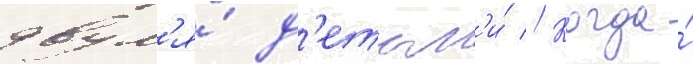
двум'я́ д'етьм'и́ // Когда́